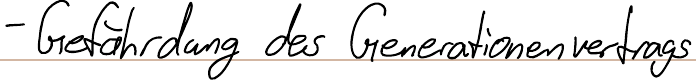
- Gefährdung des Generationenvertrags